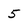
Character: 5